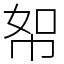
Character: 帤